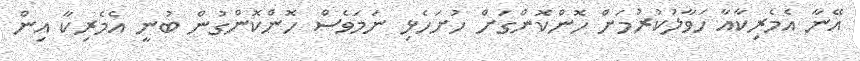
އޭނާ އެމެރިކާއާ ހަވާލުކުރުމަށް ހޮންކޮންގަށް ހުށަހެޅި ނަމަވެސް ހޮންކޮންގުން ބުނީ އެމެރިކާ އިން